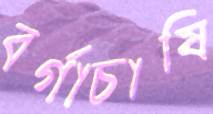
বর্গাচাষি